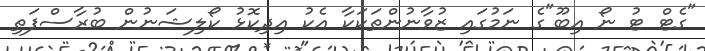
"ގެޓް ޓު ނޯ އިބޫ"ގެ ނަމުގައި ޒުވާނުންތަކަކާ އެކު އިދިކޮޅު ކޯލިޝަނުން ބުރާސްފަތި